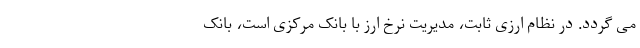
می گردد. در نظام ارزی ثابت، مدیریت نرخ ارز با بانک مرکزی است، بانک